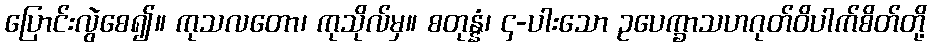
ပြောင်းလွဲစေ၍။ ကုသလတော၊ ကုသိုလ်မှ။ စတုန္နံ၊ ၄-ပါးသော ဥပေက္ခာသဟဂုတ်ဝိပါက်စိတ်တို့